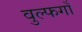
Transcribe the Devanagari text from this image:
वुल्फगाँ